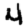
Digit: 4